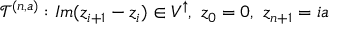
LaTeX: \mathcal { T } ^ { ( n , a ) } : I m ( z _ { i + 1 } - z _ { i } ) \in V ^ { \uparrow } , \, \, z _ { 0 } = 0 , \, \, z _ { n + 1 } = i a